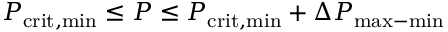
P _ { \mathrm { c r i t , m i n } } \leq P \leq P _ { \mathrm { c r i t , m i n } } + \Delta P _ { \mathrm { m a x - m i n } }